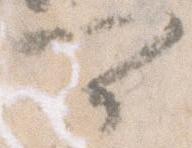
可